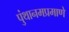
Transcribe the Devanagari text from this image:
पुंथानमप्रमाणे